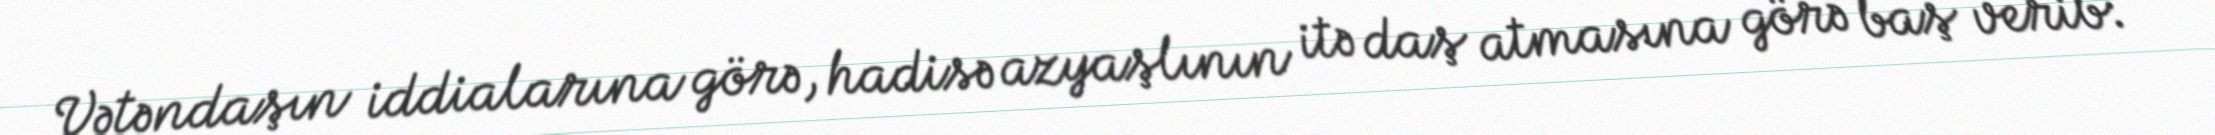
Vətəndaşın iddialarına görə, hadisə azyaşlının itə daş atmasına görə baş verib: